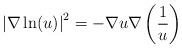
LaTeX: \begin{align*}\left\vert \nabla\ln(u)\right\vert ^{2}=-\nabla u\nabla\left( \frac{1}{u}\right) \end{align*}